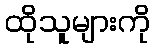
ထိုသူများကို